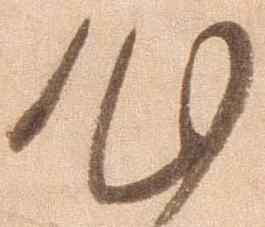
心